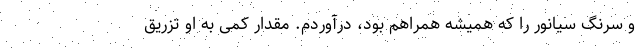
و سرنگ سیانور را که همیشه همراهم بود، درآوردم. مقدار کمی به او تزریق